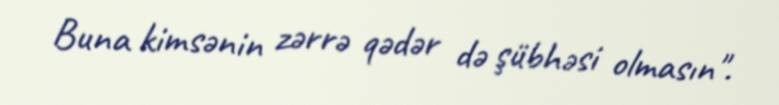
Buna kimsənin zərrə qədər də şübhəsi olmasın".